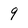
Character: 9